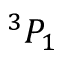
^ { 3 } P _ { 1 }